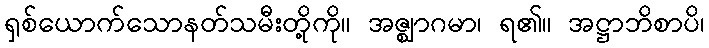
ရှစ်ယောက်သောနတ်သမီးတို့ကို။ အဇ္ဈာဂမာ၊ ရ၏။ အဋ္ဌာဘိစာပိ၊